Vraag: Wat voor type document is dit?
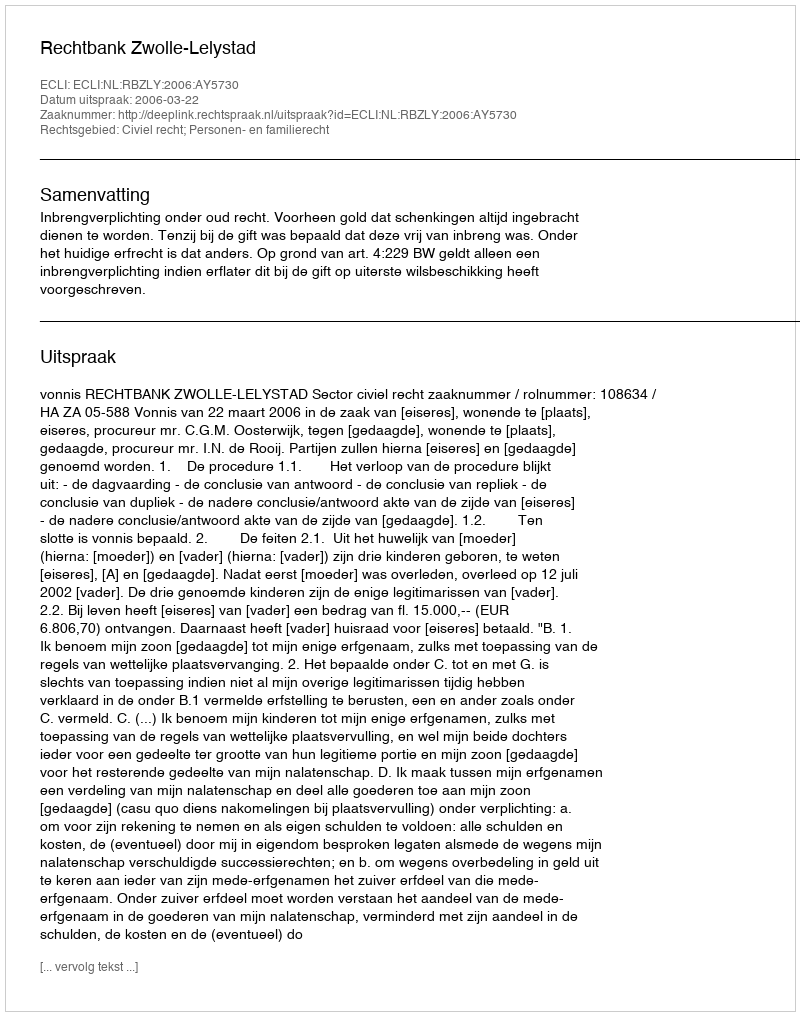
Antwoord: Uitspraak